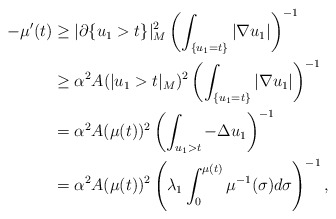
\begin{align*}-\mu'(t) &\geq |\partial\{u_1 > t\}|^2_M \left( \int_{\{u_1 = t\}} |\nabla u_1| \right)^{-1}\\& \geq \alpha^2 A(|u_1 > t|_M)^2 \left( \int_{\{u_1 = t\}} |\nabla u_1| \right)^{-1} \\&= \alpha^2 A(\mu(t))^2 \left( \int_{u_1 > t} -\Delta u_1 \right)^{-1} \\&= \alpha^2 A(\mu(t))^2 \left( \lambda_1 \int_0^{\mu(t)} \mu^{-1}(\sigma) d\sigma \right)^{-1},\end{align*}